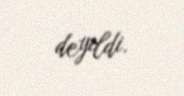
deyildi.